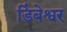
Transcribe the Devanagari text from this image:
डिंबेश्वर